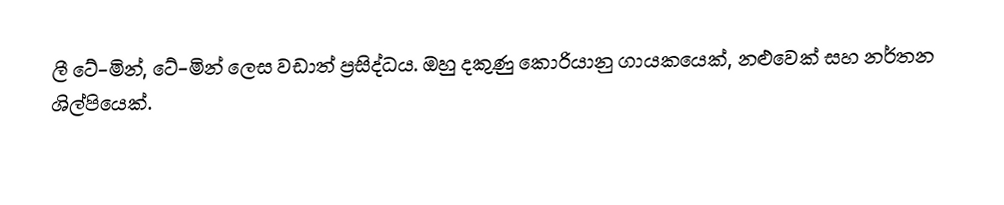
ලී ටේ-මින්, ටේ-මින් ලෙස වඩාත් ප්‍රසිද්ධය. ඔහු දකුණු කොරියානු ගායකයෙක්, නළුවෙක් සහ නර්තන ශිල්පියෙක්.